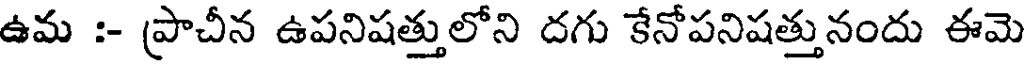
ఉమ :- ప్రాచీన ఉపనిషత్తులోని దగు కేనోపనిషత్తునందు ఈమె